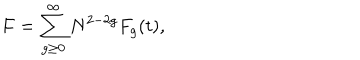
F = \sum _ { g \ge 0 } ^ { \infty } N ^ { 2 - 2 g } F _ { g } ( t ) ,